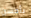
بأحسن